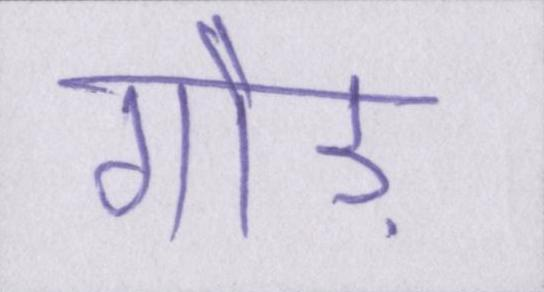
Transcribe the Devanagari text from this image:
गौड़